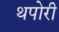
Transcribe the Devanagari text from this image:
थपोरी